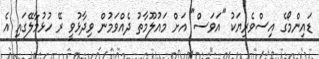
ޑައިންމޯގެ އިސްވެރިޔަކު "އަވަސް" އަށް މައުލޫމާތު ދެއްވަމުން ވިދާޅުވީ ރޭ ހުޅުމާލޭގައި އެ